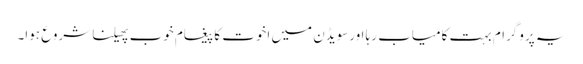
یہ پروگرام بہت کامیاب رہا اورسویڈن میں اخوت کا پیغام خوب پھیلنا شروع ہوا۔